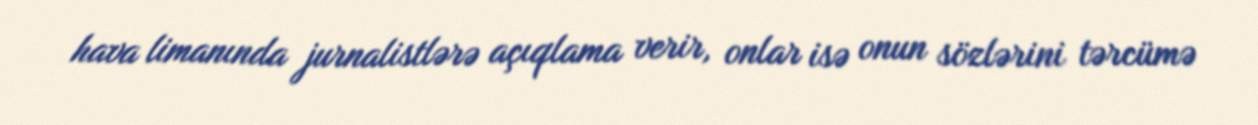
hava limanında jurnalistlərə açıqlama verir, onlar isə onun sözlərini tərcümə